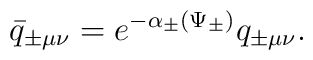
\bar{q}_{\pm\mu\nu}=e^{-\alpha_{\pm}(\Psi_{\pm})}q_{\pm\mu\nu}.